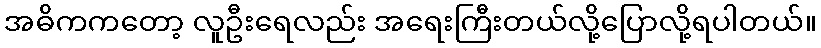
အဓိကကတော့ လူဦးရေလည်း အရေးကြီးတယ်လို့ပြောလို့ရပါတယ်။